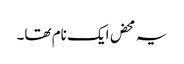
یہ محض ایک نام تھا۔